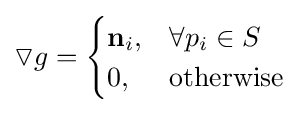
\triangledown g={\begin{cases}{\textbf {n}}_{i},&\forall p_{i}\in S\\0,&{\text{otherwise}}\end{cases}}